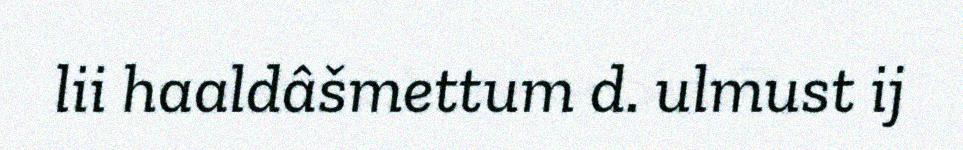
lii haaldâšmettum d. ulmust ij